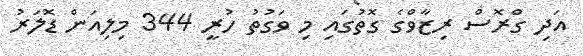
އަދި ގްރޮސް ރިޒާވްގެ ގޮތުގައި މި ވަގުތު ހުރީ 344 މިލިއަން ޑޮލަރު